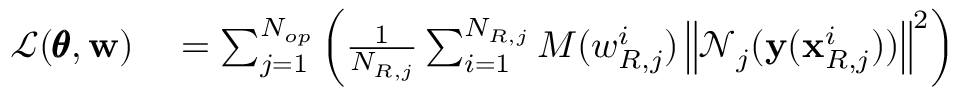
\begin{array} { r l } { \mathcal { L } ( \pmb { \theta } , \mathbf { w } ) } & { { } = \sum _ { j = 1 } ^ { N _ { o p } } { \left( \frac { 1 } { N _ { R , j } } \sum _ { i = 1 } ^ { N _ { R , j } } { M ( w _ { R , j } ^ { i } ) \left\| \mathcal { N } _ { j } ( \mathbf { y } ( \mathbf { x } _ { R , j } ^ { i } ) ) \right\| ^ { 2 } } \right) } } \end{array}